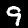
Digit: 9